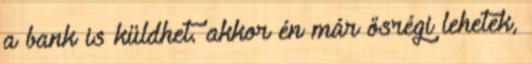
a bank is küldhet. akkor én már ősrégi lehetek,